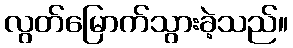
လွတ်မြောက်သွားခဲ့သည်။